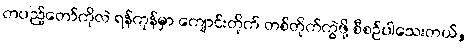
တပည့်တော်ကိုလဲ ရန်ကုန်မှာ ကျောင်းတိုက် တစ်တိုက်ကွဲဖို့ စီစဉ်ပါသေးတယ်,